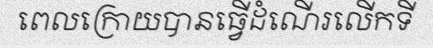
ពេលក្រោយបានធ្វើដំណើរលើកទី